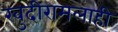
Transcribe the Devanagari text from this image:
खुदीरामलाही